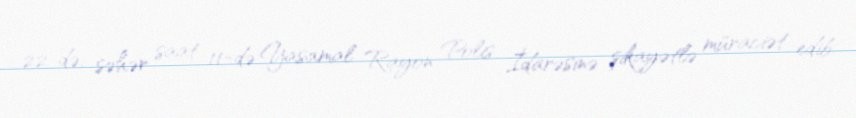
22-də, səhər saat 11-də Yasamal Rayon Polis İdarəsinə şikayətlə müraciət edib.